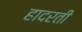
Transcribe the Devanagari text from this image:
हादरती